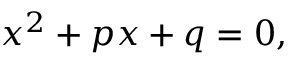
x ^ { 2 } + p x + q = 0 ,